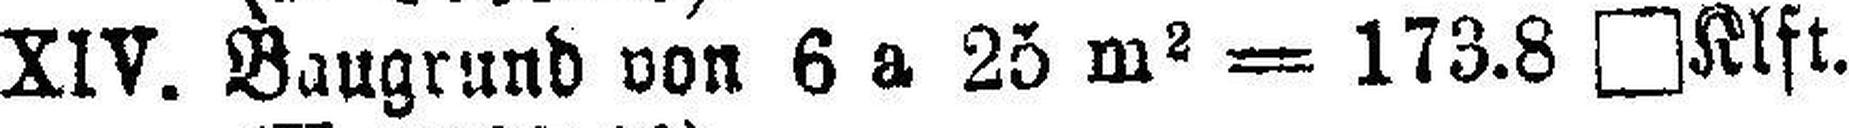
XIV. Baugrund von 6 a 25 m2 = 173.8 □Klft.